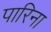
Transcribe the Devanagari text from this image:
पारिना